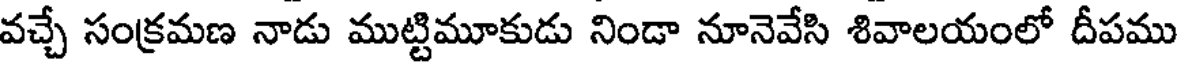
వచ్చే సంక్రమణ నాడు ముట్టిమూకుడు నిండా నూనెవేసి శివాలయంలో దీపము